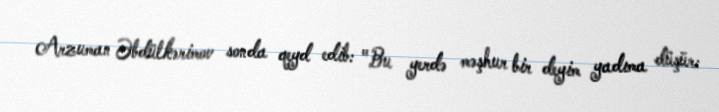
Arzuman Əbdülkərimov sonda qeyd edib: "Bu yerdə məşhur bir deyim yadıma düşür: